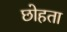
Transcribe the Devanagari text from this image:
छोहता